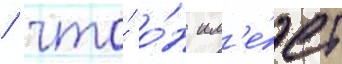
/ что́ о́н им'е́ет